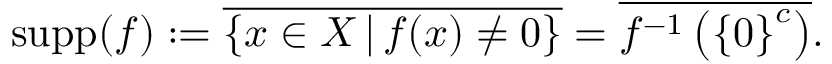
\operatorname { s u p p } ( f ) : = { \overline { { \{ x \in X \, | \, f ( x ) \neq 0 \} } } } = { \overline { { f ^ { - 1 } \left( \left\{ 0 \right\} ^ { c } \right) } } } .